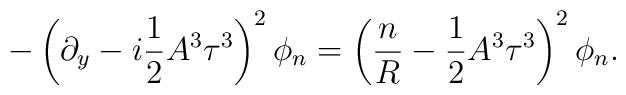
-\left(\partial_{y} - i \frac{1}{2} A^{3} \tau^{3} \right)^{2} \phi_{n}     = \left( \frac{n}{R} - \frac{1}{2} A^{3} \tau^{3} \right)^{2} \phi_{n}.